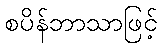
စပိန်ဘာသာဖြင့်